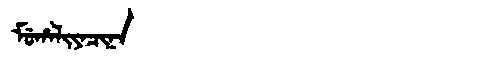
Manchu: ᠮᡠᡥᠠᠯᡳᠶᠠᠴᡳᠨᠠ
Romanization: MUHALIYACINA